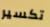
تكسير